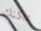
يمكنك